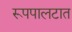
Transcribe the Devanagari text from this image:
रूपपालटात